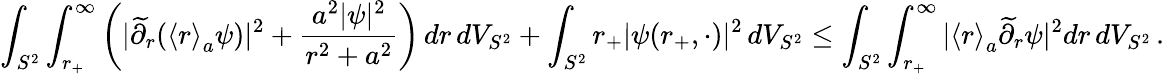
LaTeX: \int_{S^{2}}\int_{r_{+}}^{\infty}\left(|\widetilde{\partial}_{r}({\langle r\rangle}_{a}\psi)|^{2}+\frac{a^{2}|\psi|^{2}}{r^{2}+a^{2}}\right)\, dr\, dV_{S^{2}}+\int_{S^{2}}r_{+}|\psi(r_{+},\cdot)|^{2}\, dV_{S^{2}}\leq\int_{S^{2}}\int_{r_{+}}^{\infty}|{\langle r\rangle}_{a}\widetilde{\partial}_{r}\psi|^{2}dr\, dV_{S^{2}}\, .